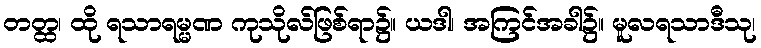
တတ္ထ၊ ထို ရသာရမ္မဏ ကုသိုလ်ဖြစ်ရာ၌။ ယဒါ၊ အကြင်အခါ၌။ မူလရသာဒီသု၊